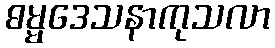
ဓမ္မဒေသနာကုသလာ